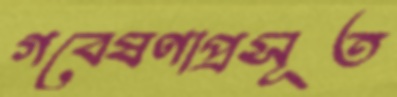
গবেষণাপ্রসূত